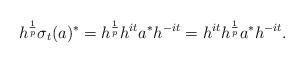
LaTeX: \begin{align*}h^{\frac{1}{p}}\sigma_{t}(a)^{*}=h^{\frac{1}{p}}h^{it}a^{*}h^{-it}=h^{it}h^{\frac{1}{p}}a^{*}h^{-it}.\end{align*}